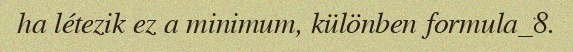
ha létezik ez a minimum, különben formula_8.